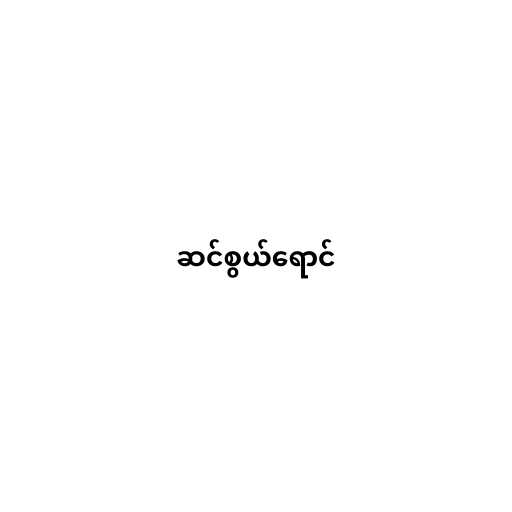
ဆင်စွယ်ရောင်